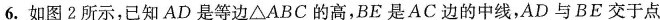
6.如图2所示，已知AD是等边\triangle ABC的高，BE是AC边的中线，AD与BE交于点